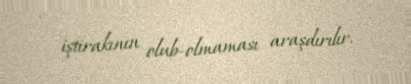
iştirakının olub-olmaması araşdırılır.